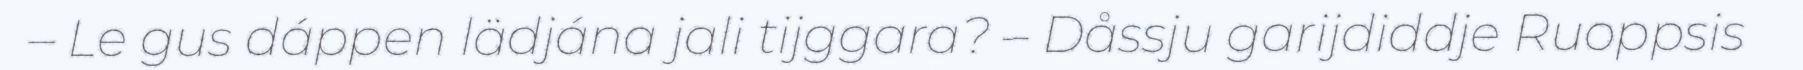
– Le gus dáppen lädjána jali tijggara? – Dåssju garijdiddje Ruoppsis